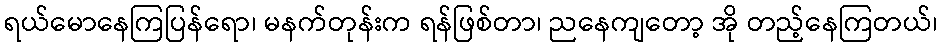
ရယ်မောနေကြပြန်ရော၊ မနက်တုန်းက ရန်ဖြစ်တာ၊ ညနေကျတော့ အို တည့်နေကြတယ်၊